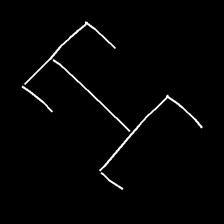
Glyph: entwine